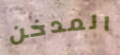
المدخن